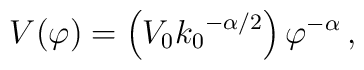
V(\varphi) = \left( V_{0} {k_{0}}^{-{\alpha}/2}\right){\varphi}^{-\alpha} \,,